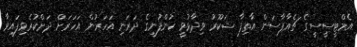
އެމްޓީސީސީގެ ޗެއާޕާސަން އާތިފާ ޝަކޫރު ވިދާޅުވީ ކުންފުނީގެ ދަރަނި އަހަރުން އަހަރަށް ދަށްކުރެވިފައިވާ